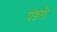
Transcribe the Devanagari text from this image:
पंडरी